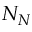
N _ { N }